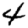
Digit: 4